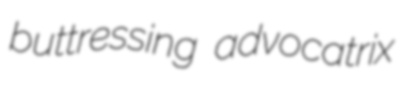
buttressing advocatrix